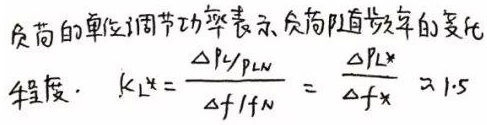
负荷的单位调节功率表示负荷随频率的变化
程度. $K_{L}*=\frac{\Delta P_{L}/P_{LN}}{\Delta f/f_{N}}=\frac{\Delta P_{L}*}{\Delta f*}\approx 1.5$